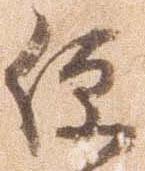
便